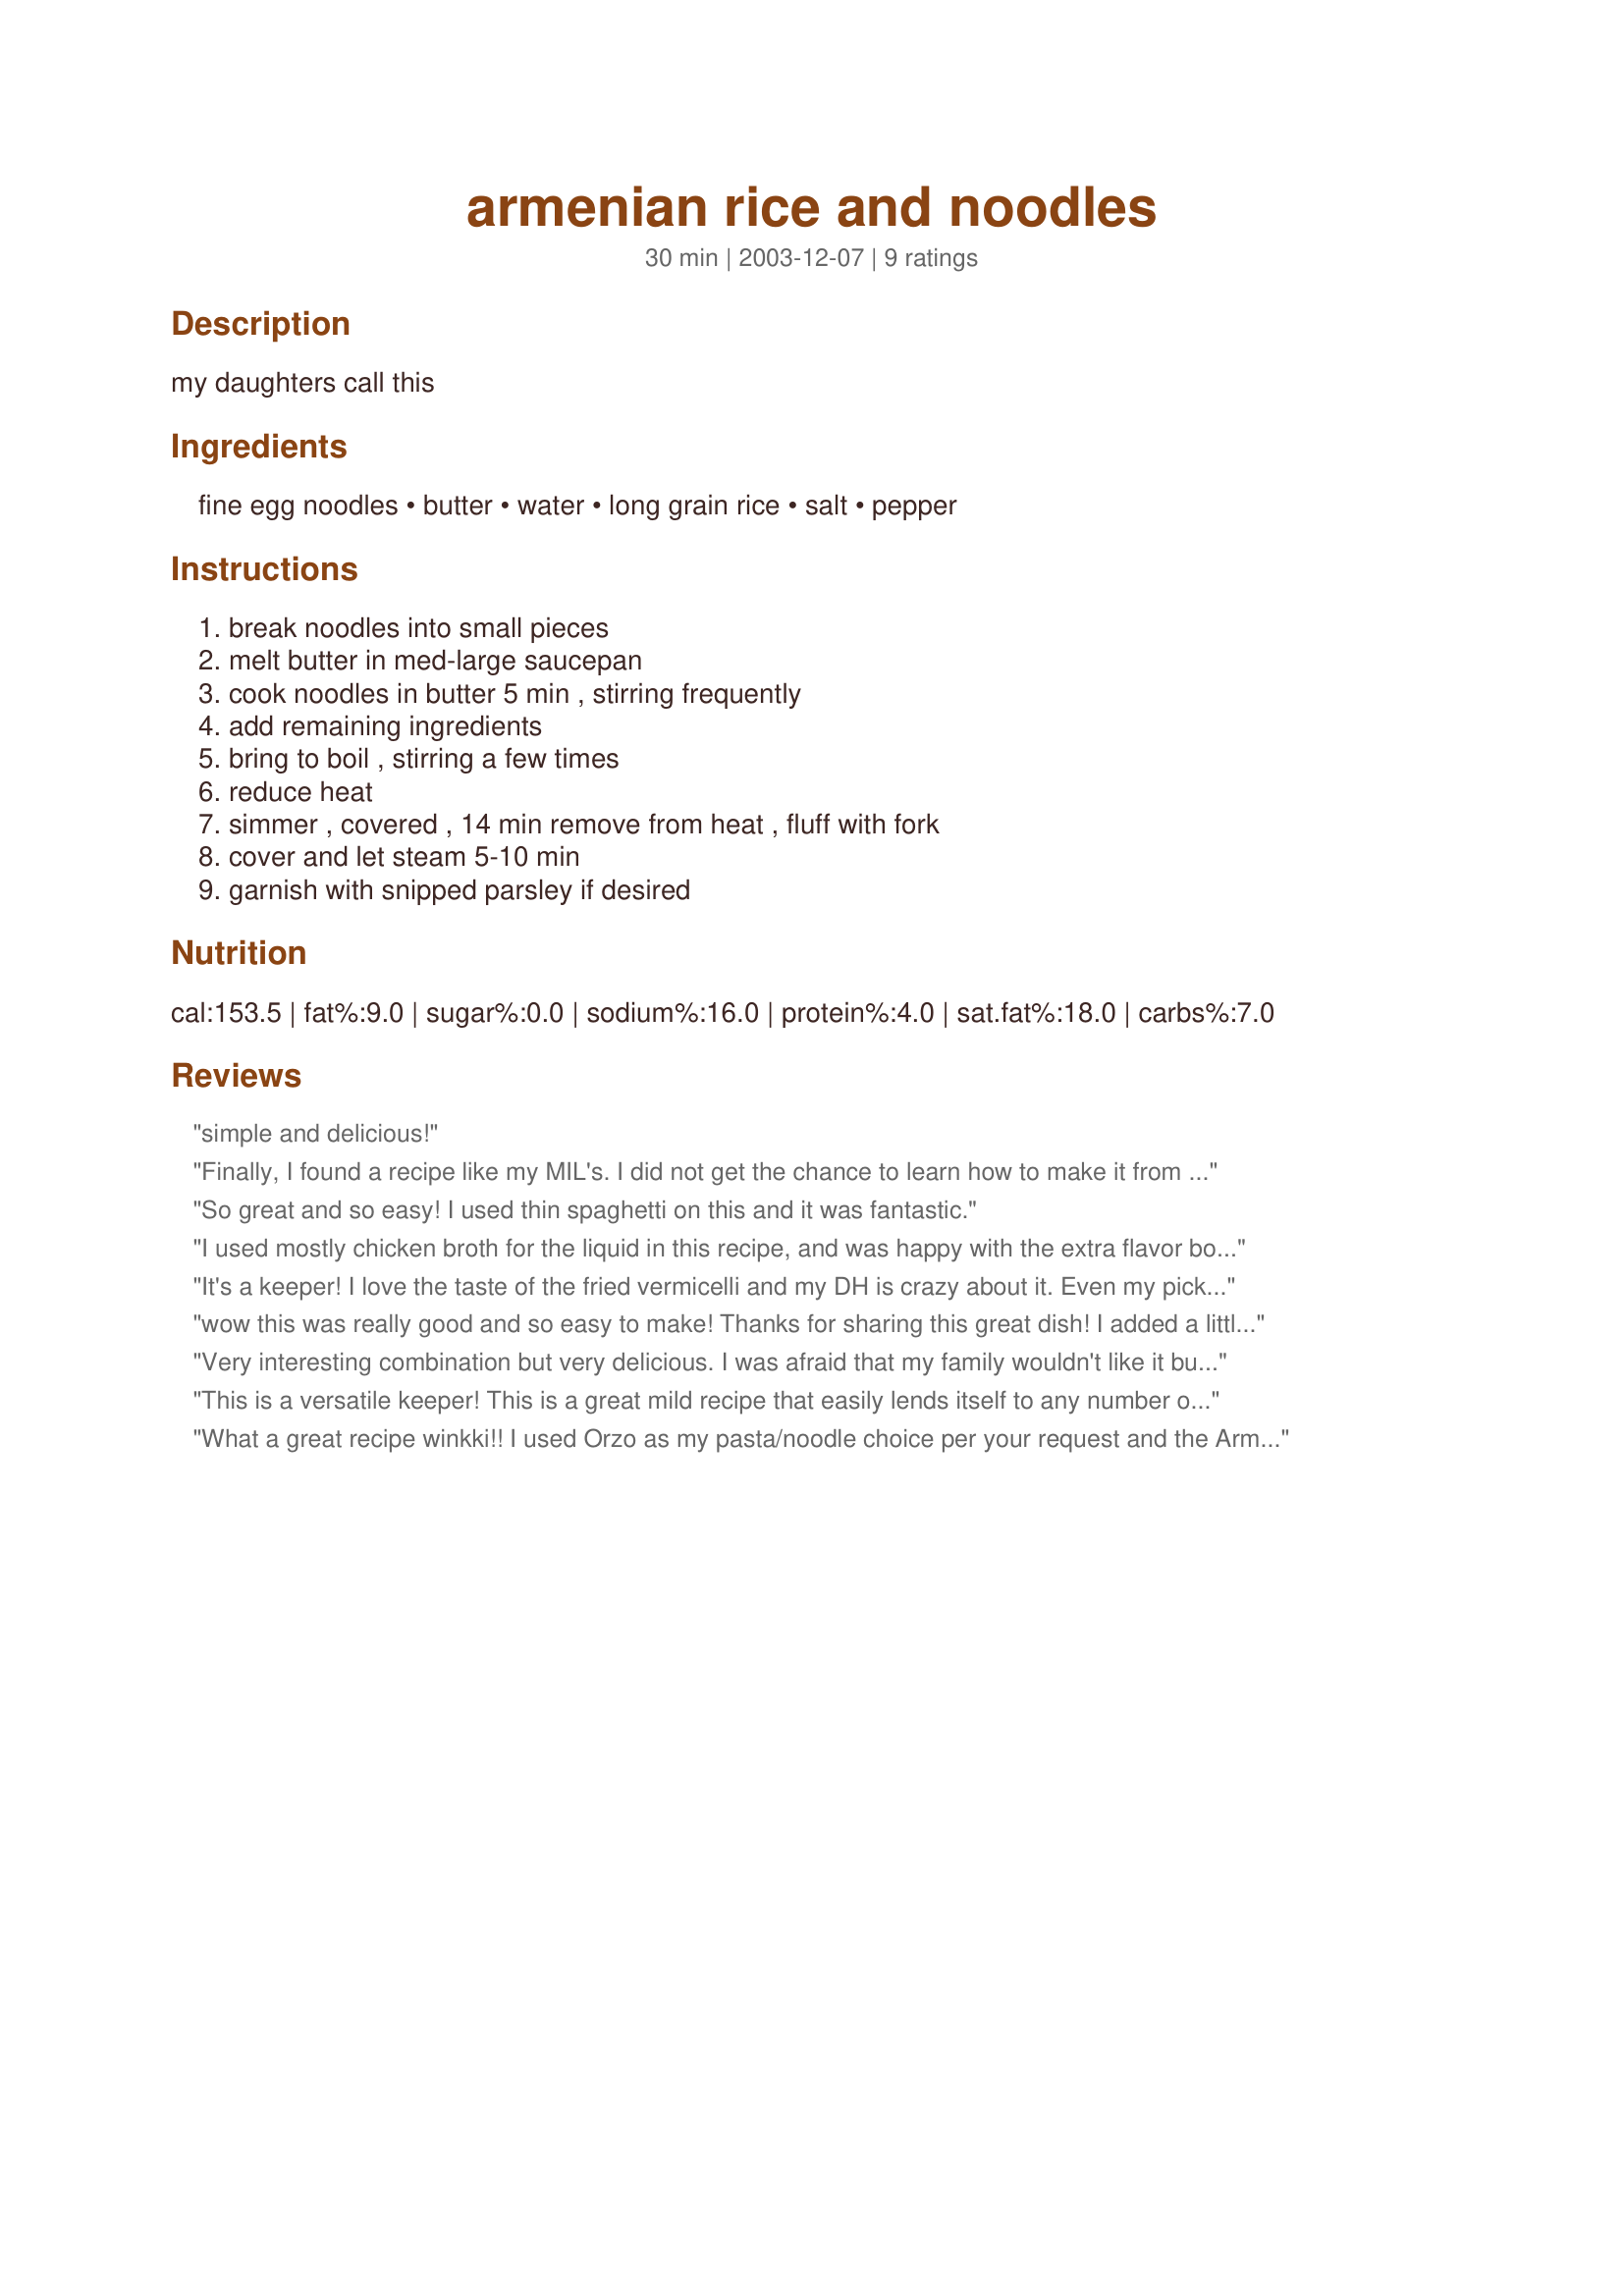
armenian rice and noodles
Preparation time: 30 minutes

my daughters call this

Ingredients:
fine egg noodles, butter, water, long grain rice, salt, pepper

Steps:
break noodles into small pieces, melt butter in med-large saucepan, cook noodles in butter 5 min , stirring frequently, add remaining ingredients, bring to boil , stirring a few times, reduce heat, simmer , covered , 14 min remove from heat , fluff with fork, cover and let steam 5-10 min, garnish with snipped parsley if desired

Reviews:
simple and delicious!
Finally, I found a recipe like my MIL's. I did not get the chance to learn how to make it from her before she passed away, but this recipe is just like it. Thanks! My daughter's eat this up. I make it a minimum of once a week and sometimes twice.
So great and so easy! I used thin spaghetti on this and it was fantastic.
I used mostly chicken broth for the liquid in this recipe, and was happy with the extra flavor boost it gave the noodles and rice. I also used broken angel hair pasta instead of fine egg noodles, as this was what I had on hand. In the future, I would add finely diced onion with butter while sauteeing the noodles prior to simmering. I think that other seasonings to coordinate with the meal would be good, too.
It's a keeper! I love the taste of the fried vermicelli and my DH is crazy about it. Even my picky husband likes it.
wow this was really good and so easy to make! Thanks for sharing this great dish! I added a little garlic and parsley just for funsies and I think it really enhanced the flavor. This is a keeper for us!
Very interesting combination but very delicious. I was afraid that my family wouldn't like it but it went over very well. I have enough left over for a second meal so I hope it reheats well!
This is a versatile keeper! This is a great mild recipe that easily lends itself to any number of extra seasonings as winkki suggests. I used chicken broth as half the liquid and the parsley perks the presentation up considerably. I was a bit concerned about using only 2 1/2 cups of liquid with 2 cups of grains, but it was fine.
What a great recipe winkki!! I used Orzo as my pasta/noodle choice per your request and the 
Armenian Rice and Noodles looked absolutely tempting!! It looked like herbed rice with almonds! I used Garlic Butter in place of the regular butter, Jasmine rice, added a 1/4 cup Lemon Juice (also per your request), 2 teaspoons Crushed Garlic, 2 teaspoons of freshly snipped Dill and a couple of pinches of parsley. This dish was very delicious and a perfect compliment to the Baked Salmon (Baked Salmon #69897) I served with it. Thanks winkki for your creative suggestions and a great recipe!!
